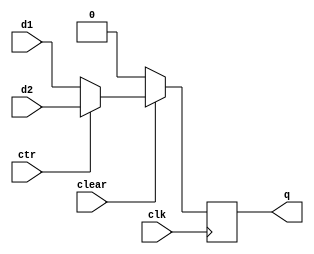
module FF_5_25(q, d1, d2, ctr, clk, clear);
    output q;
    input d1, d2, ctr, clk, clear;
    reg q;

    always @(posedge clk) begin
        if(!clear) q <= 1'b0;
        else if(ctr) q <= d2;
        else q <= d1;
    end 

endmodule

module FF_5_25_tb;
    reg clk, clear, ctr, d1, d2;
    wire q;

    FF_5_25 UUT(q, d1, d2, ctr, clk, clear);

initial #200 $finish;

initial begin
    clk = 1'b0;
    repeat (25) #5 clk = ~clk;
end

initial begin
    #15 clear = 1'b0;
    #10 clear = 1'b1; ctr = 1'b1; d1 = 1'b0; d2 = 1'b1;
    #10 ctr = 1'b0;
end

initial $monitor("q = %b, d1 = %b, d2 = %b, ctr = %b, clk = %b, clear = %b", q, d1, d2, ctr, clk, clear);

endmodule